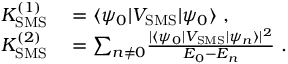
\begin{array} { r l } { K _ { \mathrm { S M S } } ^ { ( 1 ) } } & { { } = \langle \psi _ { 0 } | V _ { \mathrm { S M S } } | \psi _ { 0 } \rangle \ , } \\ { K _ { \mathrm { S M S } } ^ { ( 2 ) } } & { { } = { \sum _ { n \neq 0 } } \frac { | \langle \psi _ { 0 } | V _ { \mathrm { S M S } } | \psi _ { n } \rangle | ^ { 2 } } { E _ { 0 } - E _ { n } } \ . } \end{array}